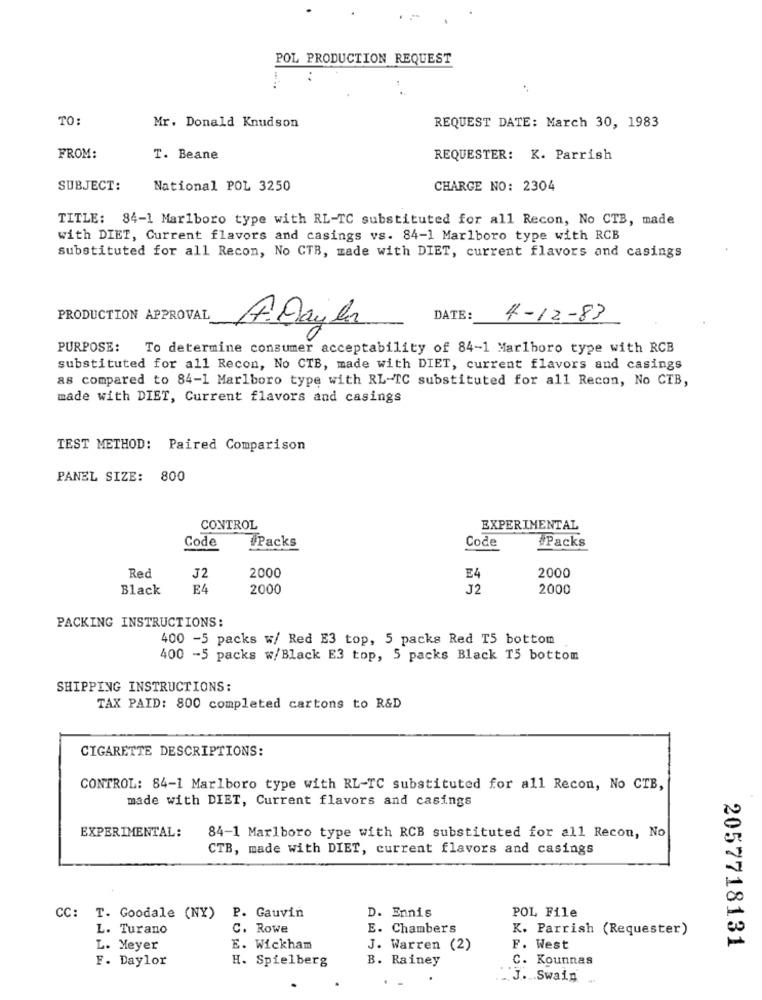
POL PRODUCTION REQUEST
TO:
REQUEST DATE: March 30, 1983
Mr. Donald Knudson
FROM:
T. Beane
REQUESTER: K. Parrish
SUBJECT:
National POL 3250
CHARGE NO: 2304
TITLE: 84-1 Marlboro type with RL-TC substituted for all Recon, No CTB, made
with DIET, Current flavors and casings vs. 84-1 Marlboro type with RCB
substituted for all Recon, No CTB, made with DIET, current flavors and casings
PRODUCTION APPROVAL
DATE:
4-12-83
A. Dayla
PURPOSE: To determine consumer acceptability of 84-1 Marlboro type with RCB
substituted for all Recon, No CTB, made with DIET, current flavors and casings
as compared to 84-1 Marlboro type with RL-TC substituted for all Recon, No CIB,
made with DIET, Current flavors and casings
TEST METHOD: Paired Comparison
PANEL SIZE: 800
CONTROL
EXPERIMENTAL
#Packs
Code
#Packs
Code
Red
J2
2000
E4
2000
Black
E4
2000
J2
2000
PACKING INSTRUCTIONS:
400 -5 packs w/ Red E3 top, 5 packs Red T5 bottom
400 -5 packs w/Black E3 top, 5 packs Black T5 bottom
SHIPPING INSTRUCTIONS:
TAX PAID: 800 completed cartons to R&D
CIGARETTE DESCRIPTIONS:
CONTROL: 84-1 Marlboro type with RL-TC substituted for all Recon, No CTB,
made with DIET, Current flavors and casings
EXPERIMENTAL:
84-1 Marlboro type with RCB substituted for all Recon, No
CTB, made with DIET, current flavors and casings
P. Gauvin
POL File
CC: T. Goodale (NY)
D. Ennis
L. Turano
C. Rowe
E. Chambers
K. Parrish (Requester)
L. Meyer
E. Wickham
J. Warren (2)
F. West
2057718131
F. Daylor
H. Spielberg
B. Rainey
C. Kounnas
J ... Swain